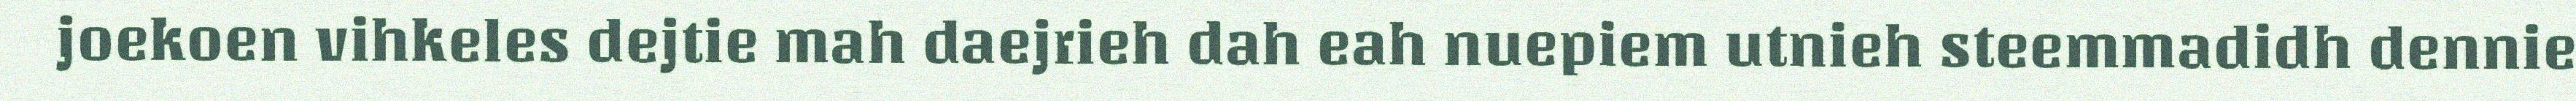
joekoen vihkeles dejtie mah daejrieh dah eah nuepiem utnieh steemmadidh dennie